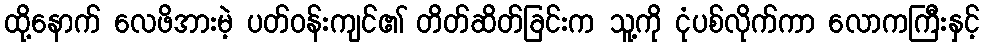
ထို့နောက် လေဖိအားမဲ့ ပတ်ဝန်းကျင်၏ တိတ်ဆိတ်ခြင်းက သူ့ကို ငုံပစ်လိုက်ကာ လောကကြီးနှင့်